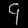
Digit: ၄